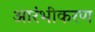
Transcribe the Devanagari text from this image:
आरंभीकरण